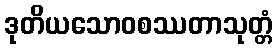
ဒုတိယသောဝစဿတာသုတ္တံ